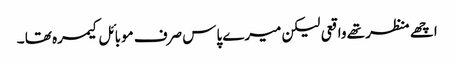
اچھے منظر تھے واقعی لیکن میرے پاس صرف موبائل کیمرہ تھا ۔